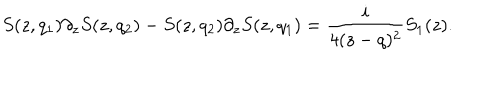
S ( z , q _ { 1 } ) \partial _ { z } S ( z , q _ { 2 } ) - S ( z , q _ { 2 } ) \partial _ { z } S ( z , q _ { 1 } ) = { \frac { i } { 4 ( z - q ) ^ { 2 } } } S _ { 1 } ( z ) .